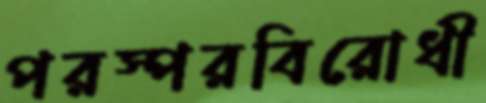
পরস্পরবিরোধী